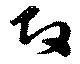
改